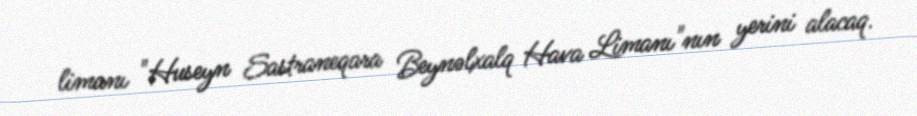
limanı "Huseyn Sastraneqara Beynəlxalq Hava Limanı"nın yerini alacaq.